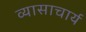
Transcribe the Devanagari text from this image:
व्यासाचार्य